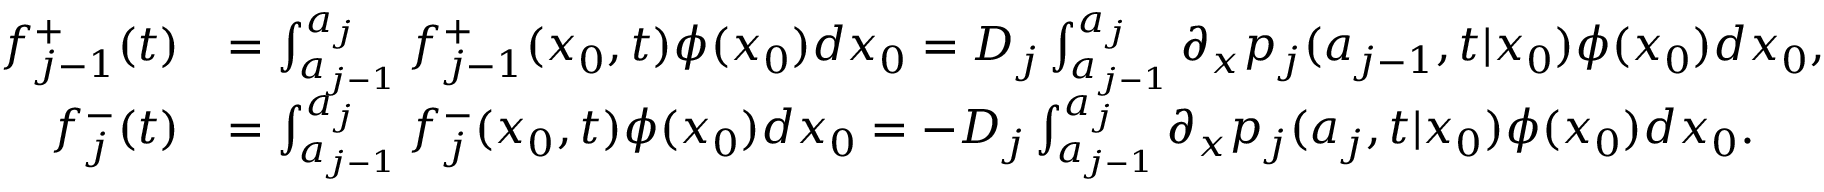
\begin{array} { r l } { f _ { j - 1 } ^ { + } ( t ) } & { = \int _ { a _ { j - 1 } } ^ { a _ { j } } f _ { j - 1 } ^ { + } ( x _ { 0 } , t ) \phi ( x _ { 0 } ) d x _ { 0 } = D _ { j } \int _ { a _ { j - 1 } } ^ { a _ { j } } \partial _ { x } p _ { j } ( a _ { j - 1 } , t | x _ { 0 } ) \phi ( x _ { 0 } ) d x _ { 0 } , } \\ { f _ { j } ^ { - } ( t ) } & { = \int _ { a _ { j - 1 } } ^ { a _ { j } } f _ { j } ^ { - } ( x _ { 0 } , t ) \phi ( x _ { 0 } ) d x _ { 0 } = - D _ { j } \int _ { a _ { j - 1 } } ^ { a _ { j } } \partial _ { x } p _ { j } ( a _ { j } , t | x _ { 0 } ) \phi ( x _ { 0 } ) d x _ { 0 } . } \end{array}